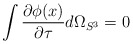
\begin{align*}\int \frac{\partial \phi(x)}{\partial \tau} d\Omega_{S^3}=0\end{align*}